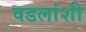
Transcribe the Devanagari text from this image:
वडलांशी